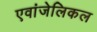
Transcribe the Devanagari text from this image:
एवांजेलिकल